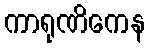
ကာရုဏိကေန